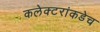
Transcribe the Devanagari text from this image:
कलेक्टरांकडेच